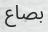
بصاع